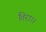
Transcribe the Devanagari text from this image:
तिरा।।